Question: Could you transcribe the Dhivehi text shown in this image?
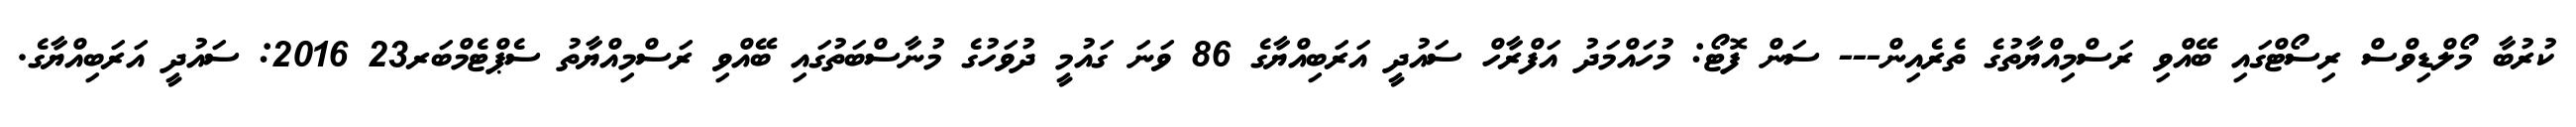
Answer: ކުރުބާ މޯލްޑިވްސް ރިސޯޓްގައި ބޭއްވި ރަސްމިއްޔާތުގެ ތެރެއިން--- ސަން ފޮޓޯ: މުހައްމަދު އަފްރާހް ސައުދީ އަރަބިއްޔާގެ 86 ވަނަ ގައުމީ ދުވަހުގެ މުނާސްބަތުގައި ބޭއްވި ރަސްމިއްޔާތު ސެޕްޓެމްބަރ23 2016: ސައުދީ އަރަބިއްޔާގެ.